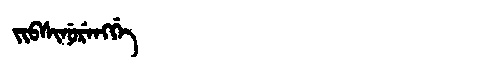
Manchu: ᠵᡳᠪᠰᡳᠨᡠᡵᡝᠩᡤᡝ
Romanization: JIBSINURENGGE